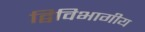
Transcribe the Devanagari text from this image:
द्विविभागीय